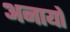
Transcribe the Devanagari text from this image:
अनायों